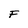
Character: F